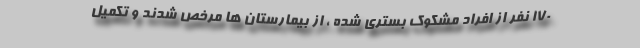
۱۷۰ نفر از افراد مشکوک بستری شده ، از بیمارستان ها مرخص شدند و تکمیل